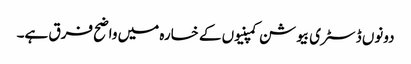
دونوں ڈسٹری بیوشن کمپنیوں کے خسارہ میں واضح فرق ہے۔